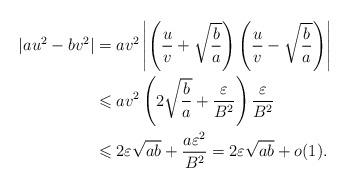
LaTeX: \begin{align*}|au^2-bv^2|&=av^2\left|\left(\frac{u}{v}+\sqrt{\frac{b}{a}}\right)\left(\frac{u}{v}-\sqrt{\frac{b}{a}}\right)\right|\\ &\leqslant av^2\left(2\sqrt{\frac{b}{a}}+\frac{\varepsilon}{B^2}\right)\frac{\varepsilon}{B^2}\\ &\leqslant 2\varepsilon \sqrt{ab}+\frac{a\varepsilon^2}{B^2}=2\varepsilon\sqrt{ab}+o(1).\end{align*}